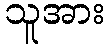
သူအား